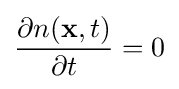
{\partial n(\mathbf {x} ,t) \over \partial t}=0